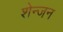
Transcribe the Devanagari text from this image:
शेन्जन